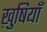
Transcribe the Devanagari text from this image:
ख़ुषियाँ